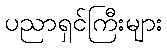
ပညာရှင်ကြီးများ